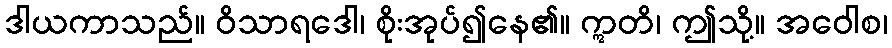
ဒါယကာသည်။ ဝိသာရဒေါ၊ စိုးအုပ်၍နေ၏။ ဣတိ၊ ဤသို့။ အဝေါစ၊